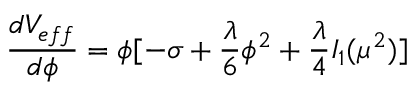
\frac { d V _ { e f f } } { d \phi } = \phi [ - \sigma + \frac { \lambda } { 6 } \phi ^ { 2 } + \frac { \lambda } { 4 } I _ { 1 } ( \mu ^ { 2 } ) ]